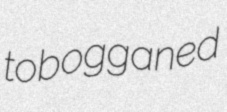
tobogganed